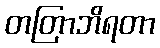
တတြာဘိရတာ